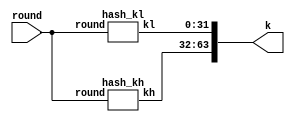
module hash_k (/*AUTOARG*/
   // Outputs
   k,
   // Inputs
   round
   ) ;
   input  [6:0]  round;
   output [63:0] k;
   wire   [63:0] k;

   wire [31:0]   kh;
   wire [31:0]   kl;
   assign k = {kh, kl};

   hash_kh CST_H (/*AUTOINST*/
                  // Outputs
                  .kh                   (kh[31:0]),
                  // Inputs
                  .round             (round[6:0]));
   hash_kl CST_L (/*AUTOINST*/
                  // Outputs
                  .kl                   (kl[31:0]),
                  // Inputs
                  .round             (round[6:0]));
endmodule // hash_k

module hash_kh (/*AUTOARG*/
   // Outputs
   kh,
   // Inputs
   round
   ) ;
   input [6:0]   round;

   output [31:0] kh;

   reg  [31:0]   kh;

   always @ (*) begin
      case (round)
        7'd00 : kh = 32'h428a2f98;
        7'd01 : kh = 32'h71374491;
        7'd02 : kh = 32'hb5c0fbcf;
        7'd03 : kh = 32'he9b5dba5;
        7'd04 : kh = 32'h3956c25b;
        7'd05 : kh = 32'h59f111f1;
        7'd06 : kh = 32'h923f82a4;
        7'd07 : kh = 32'hab1c5ed5;
        7'd08 : kh = 32'hd807aa98;
        7'd09 : kh = 32'h12835b01;
        7'd10 : kh = 32'h243185be;
        7'd11 : kh = 32'h550c7dc3;
        7'd12 : kh = 32'h72be5d74;
        7'd13 : kh = 32'h80deb1fe;
        7'd14 : kh = 32'h9bdc06a7;
        7'd15 : kh = 32'hc19bf174;
        7'd16 : kh = 32'he49b69c1;
        7'd17 : kh = 32'hefbe4786;
        7'd18 : kh = 32'h0fc19dc6;
        7'd19 : kh = 32'h240ca1cc;
        7'd20 : kh = 32'h2de92c6f;
        7'd21 : kh = 32'h4a7484aa;
        7'd22 : kh = 32'h5cb0a9dc;
        7'd23 : kh = 32'h76f988da;
        7'd24 : kh = 32'h983e5152;
        7'd25 : kh = 32'ha831c66d;
        7'd26 : kh = 32'hb00327c8;
        7'd27 : kh = 32'hbf597fc7;
        7'd28 : kh = 32'hc6e00bf3;
        7'd29 : kh = 32'hd5a79147;
        7'd30 : kh = 32'h06ca6351;
        7'd31 : kh = 32'h14292967;
        7'd32 : kh = 32'h27b70a85;
        7'd33 : kh = 32'h2e1b2138;
        7'd34 : kh = 32'h4d2c6dfc;
        7'd35 : kh = 32'h53380d13;
        7'd36 : kh = 32'h650a7354;
        7'd37 : kh = 32'h766a0abb;
        7'd38 : kh = 32'h81c2c92e;
        7'd39 : kh = 32'h92722c85;
        7'd40 : kh = 32'ha2bfe8a1;
        7'd41 : kh = 32'ha81a664b;
        7'd42 : kh = 32'hc24b8b70;
        7'd43 : kh = 32'hc76c51a3;
        7'd44 : kh = 32'hd192e819;
        7'd45 : kh = 32'hd6990624;
        7'd46 : kh = 32'hf40e3585;
        7'd47 : kh = 32'h106aa070;
        7'd48 : kh = 32'h19a4c116;
        7'd49 : kh = 32'h1e376c08;
        7'd50 : kh = 32'h2748774c;
        7'd51 : kh = 32'h34b0bcb5;
        7'd52 : kh = 32'h391c0cb3;
        7'd53 : kh = 32'h4ed8aa4a;
        7'd54 : kh = 32'h5b9cca4f;
        7'd55 : kh = 32'h682e6ff3;
        7'd56 : kh = 32'h748f82ee;
        7'd57 : kh = 32'h78a5636f;
        7'd58 : kh = 32'h84c87814;
        7'd59 : kh = 32'h8cc70208;
        7'd60 : kh = 32'h90befffa;
        7'd61 : kh = 32'ha4506ceb;
        7'd62 : kh = 32'hbef9a3f7;
        7'd63 : kh = 32'hc67178f2;
        7'd64 : kh = 32'hca273ece;
        7'd65 : kh = 32'hd186b8c7;
        7'd66 : kh = 32'heada7dd6;
        7'd67 : kh = 32'hf57d4f7f;
        7'd68 : kh = 32'h06f067aa;
        7'd69 : kh = 32'h0a637dc5;
        7'd70 : kh = 32'h113f9804;
        7'd71 : kh = 32'h1b710b35;
        7'd72 : kh = 32'h28db77f5;
        7'd73 : kh = 32'h32caab7b;
        7'd74 : kh = 32'h3c9ebe0a;
        7'd75 : kh = 32'h431d67c4;
        7'd76 : kh = 32'h4cc5d4be;
        7'd77 : kh = 32'h597f299c;
        7'd78 : kh = 32'h5fcb6fab;
        7'd79 : kh = 32'h6c44198c;
        default : kh = 32'd0;
      endcase // case (round)
   end

endmodule // hash_kh

module hash_kl (/*AUTOARG*/
   // Outputs
   kl,
   // Inputs
   round
   ) ;
   input [6:0]   round;

   output [31:0] kl;

   reg [31:0]    kl;

   always @ (*) begin
      case (round)
        7'd00 : kl = 32'hd728ae22;
        7'd01 : kl = 32'h23ef65cd;
        7'd02 : kl = 32'hec4d3b2f;
        7'd03 : kl = 32'h8189dbbc;
        7'd04 : kl = 32'hf348b538;
        7'd05 : kl = 32'hb605d019;
        7'd06 : kl = 32'haf194f9b;
        7'd07 : kl = 32'hda6d8118;
        7'd08 : kl = 32'ha3030242;
        7'd09 : kl = 32'h45706fbe;
        7'd10 : kl = 32'h4ee4b28c;
        7'd11 : kl = 32'hd5ffb4e2;
        7'd12 : kl = 32'hf27b896f;
        7'd13 : kl = 32'h3b1696b1;
        7'd14 : kl = 32'h25c71235;
        7'd15 : kl = 32'hcf692694;
        7'd16 : kl = 32'h9ef14ad2;
        7'd17 : kl = 32'h384f25e3;
        7'd18 : kl = 32'h8b8cd5b5;
        7'd19 : kl = 32'h77ac9c65;
        7'd20 : kl = 32'h592b0275;
        7'd21 : kl = 32'h6ea6e483;
        7'd22 : kl = 32'hbd41fbd4;
        7'd23 : kl = 32'h831153b5;
        7'd24 : kl = 32'hee66dfab;
        7'd25 : kl = 32'h2db43210;
        7'd26 : kl = 32'h98fb213f;
        7'd27 : kl = 32'hbeef0ee4;
        7'd28 : kl = 32'h3da88fc2;
        7'd29 : kl = 32'h930aa725;
        7'd30 : kl = 32'he003826f;
        7'd31 : kl = 32'h0a0e6e70;
        7'd32 : kl = 32'h46d22ffc;
        7'd33 : kl = 32'h5c26c926;
        7'd34 : kl = 32'h5ac42aed;
        7'd35 : kl = 32'h9d95b3df;
        7'd36 : kl = 32'h8baf63de;
        7'd37 : kl = 32'h3c77b2a8;
        7'd38 : kl = 32'h47edaee6;
        7'd39 : kl = 32'h1482353b;
        7'd40 : kl = 32'h4cf10364;
        7'd41 : kl = 32'hbc423001;
        7'd42 : kl = 32'hd0f89791;
        7'd43 : kl = 32'h0654be30;
        7'd44 : kl = 32'hd6ef5218;
        7'd45 : kl = 32'h5565a910;
        7'd46 : kl = 32'h5771202a;
        7'd47 : kl = 32'h32bbd1b8;
        7'd48 : kl = 32'hb8d2d0c8;
        7'd49 : kl = 32'h5141ab53;
        7'd50 : kl = 32'hdf8eeb99;
        7'd51 : kl = 32'he19b48a8;
        7'd52 : kl = 32'hc5c95a63;
        7'd53 : kl = 32'he3418acb;
        7'd54 : kl = 32'h7763e373;
        7'd55 : kl = 32'hd6b2b8a3;
        7'd56 : kl = 32'h5defb2fc;
        7'd57 : kl = 32'h43172f60;
        7'd58 : kl = 32'ha1f0ab72;
        7'd59 : kl = 32'h1a6439ec;
        7'd60 : kl = 32'h23631e28;
        7'd61 : kl = 32'hde82bde9;
        7'd62 : kl = 32'hb2c67915;
        7'd63 : kl = 32'he372532b;
        7'd64 : kl = 32'hea26619c;
        7'd65 : kl = 32'h21c0c207;
        7'd66 : kl = 32'hcde0eb1e;
        7'd67 : kl = 32'hee6ed178;
        7'd68 : kl = 32'h72176fba;
        7'd69 : kl = 32'ha2c898a6;
        7'd70 : kl = 32'hbef90dae;
        7'd71 : kl = 32'h131c471b;
        7'd72 : kl = 32'h23047d84;
        7'd73 : kl = 32'h40c72493;
        7'd74 : kl = 32'h15c9bebc;
        7'd75 : kl = 32'h9c100d4c;
        7'd76 : kl = 32'hcb3e42b6;
        7'd77 : kl = 32'hfc657e2a;
        7'd78 : kl = 32'h3ad6faec;
        7'd79 : kl = 32'h4a475817;
        default : kl = 32'd0;
      endcase // case (round)
   end
endmodule // hash_kl